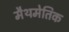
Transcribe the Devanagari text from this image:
मैथमेतिक